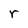
Character: r